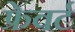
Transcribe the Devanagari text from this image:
फ्रेवर्ट